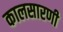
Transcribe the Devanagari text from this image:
कालसारणी